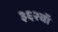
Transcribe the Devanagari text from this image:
३६२वॉ